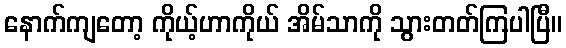
နောက်ကျတော့ ကိုယ့်ဟာကိုယ် အိမ်သာကို သွားတတ်ကြပါပြီ။